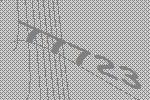
77723